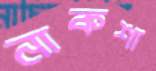
নাকশা